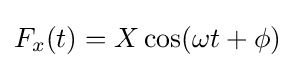
F_{x}(t)=X\cos(\omega t+\phi )